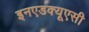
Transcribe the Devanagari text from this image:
इनएडक्यूएसी